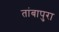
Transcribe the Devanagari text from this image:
तांबापुरा